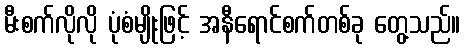
မီးစက်လိုလို ပုံစံမျိုးဖြင့် အနီရောင်စက်တစ်ခု တွေ့သည်။